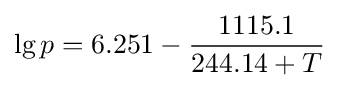
\lg p=6.251-{\frac {1115.1}{244.14+T}}